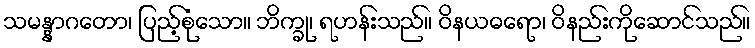
သမန္နာဂတော၊ ပြည့်စုံသော။ ဘိက္ခု၊ ရဟန်းသည်။ ဝိနယဓရော၊ ဝိနည်းကိုဆောင်သည်။